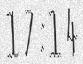
17:14